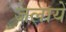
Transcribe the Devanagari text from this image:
जलायें